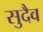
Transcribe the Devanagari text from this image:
सुदैव